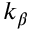
k _ { \beta }